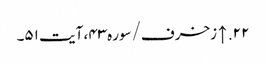
۲۲. ↑ زخرف/سوره۴۳، آیت ۵۱۔